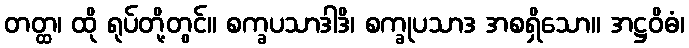
တတ္ထ၊ ထို ရုပ်တို့တွင်။ စက္ခပသာဒါဒိ၊ စက္ခုပသာဒ အစရှိသော။ အဋ္ဌဝိဓံ၊